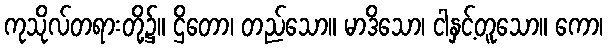
ကုသိုလ်တရားတို့၌။ ဌိတော၊ တည်သော။ မာဒိသော၊ ငါနှင့်တူသော။ ကော၊